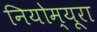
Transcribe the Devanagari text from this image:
नियोम्यूरा